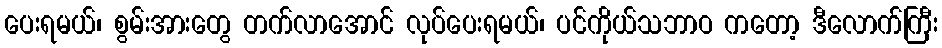
ပေးရမယ်၊ စွမ်းအားတွေ တက်လာအောင် လုပ်ပေးရမယ်၊ ပင်ကိုယ်သဘာဝ ကတော့ ဒီလောက်ကြီး